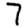
Digit: 7